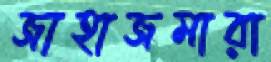
জাহাজমারা